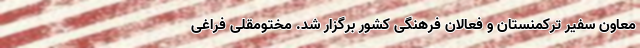
معاون سفیر ترکمنستان و فعالان فرهنگی کشور برگزار شد. مختومقلی فراغی